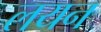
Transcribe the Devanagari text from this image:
लयन